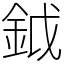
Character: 鉞